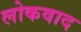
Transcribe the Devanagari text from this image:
लोकवाद